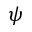
\psi